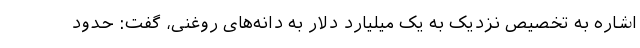
اشاره به تخصیص نزدیک به یک میلیارد دلار به دانه‌های روغنی، گفت: حدود